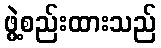
ဖွဲ့စည်းထားသည်